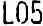
L05